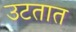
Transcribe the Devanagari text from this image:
उटतात